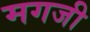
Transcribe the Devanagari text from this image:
मगजी